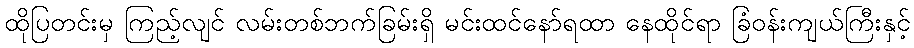
ထိုပြတင်းမှ ကြည့်လျင် လမ်းတစ်ဘက်ခြမ်းရှိ မင်းထင်နော်ရထာ နေထိုင်ရာ ခြံဝန်းကျယ်ကြီးနှင့်